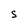
Character: S